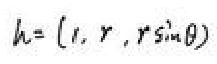
\(h=(1,r,r\sin\theta)\)